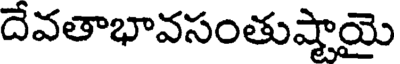
దేవతాభావసంతుష్టాయై